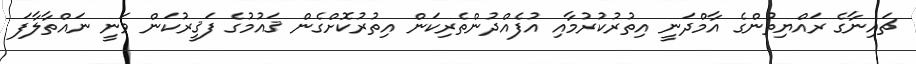
ޗައިނާގެ ރައްޔިތުންގެ އާމްދަނީ އިތުރުކުރުމާއި އުފެއްދުންތެރިކަން އިތުރުކޮށްގެން ޤައުމުގެ ފަޤީރުކަން ވަނީ ނައްތާލާފަ